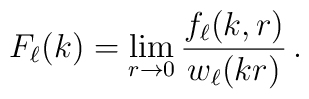
F_\ell(k) = \lim_{r\to 0}\frac{f_\ell(k,r)}{w_\ell(kr)}\,.